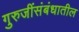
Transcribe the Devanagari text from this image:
गुरुजींसंबंधातील